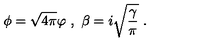
\phi = \sqrt { 4 \pi } \varphi \ , \ \beta = i \sqrt { \frac { \gamma } { \pi } } \ .